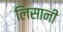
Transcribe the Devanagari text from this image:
लिसानी